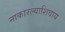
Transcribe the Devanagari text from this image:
नाकारल्याशिवाय